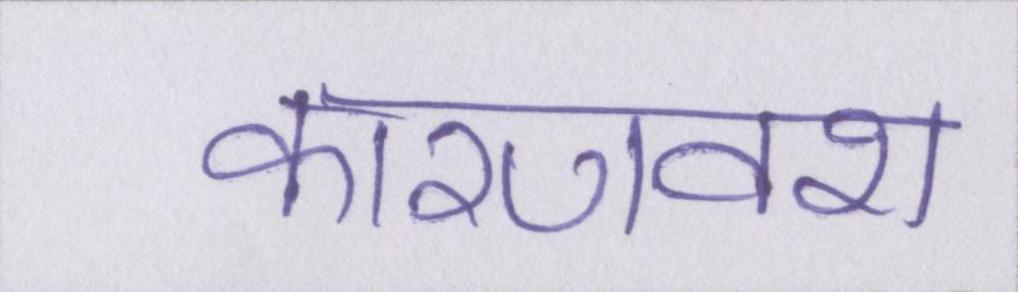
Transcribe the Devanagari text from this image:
कारणवश